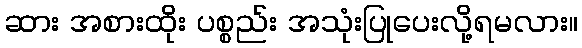
ဆား အစားထိုး ပစ္စည်း အသုံးပြုပေးလို့ရမလား။